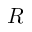
{ \cal R }